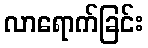
လာရောက်ခြင်း